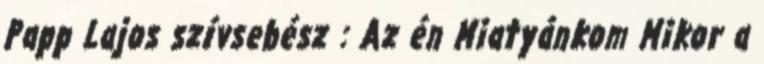
Papp Lajos szívsebész : Az én Miatyánkom Mikor a